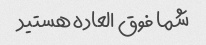
شما فوق العاده هستید